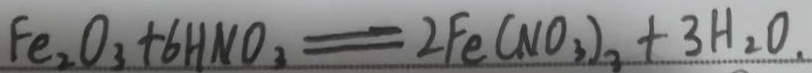
F e _ { 2 } O _ { 3 } + 6 H N O _ { 3 } = 2 F e ( N O _ { 3 } ) _ { 3 } + 3 H _ { 2 } O .